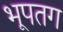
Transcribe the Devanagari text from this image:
भूपतग